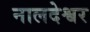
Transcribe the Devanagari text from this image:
नालदेश्वर